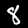
Label: 8